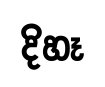
දිහෑ